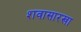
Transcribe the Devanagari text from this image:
शवासारखा